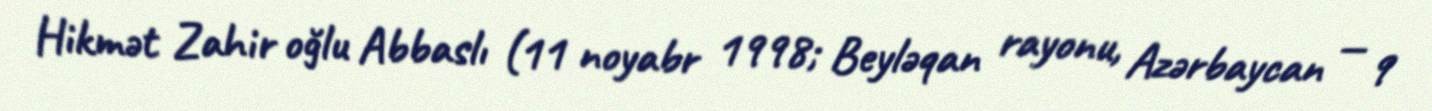
Hikmət Zahir oğlu Abbaslı (11 noyabr 1998; Beyləqan rayonu, Azərbaycan — 9